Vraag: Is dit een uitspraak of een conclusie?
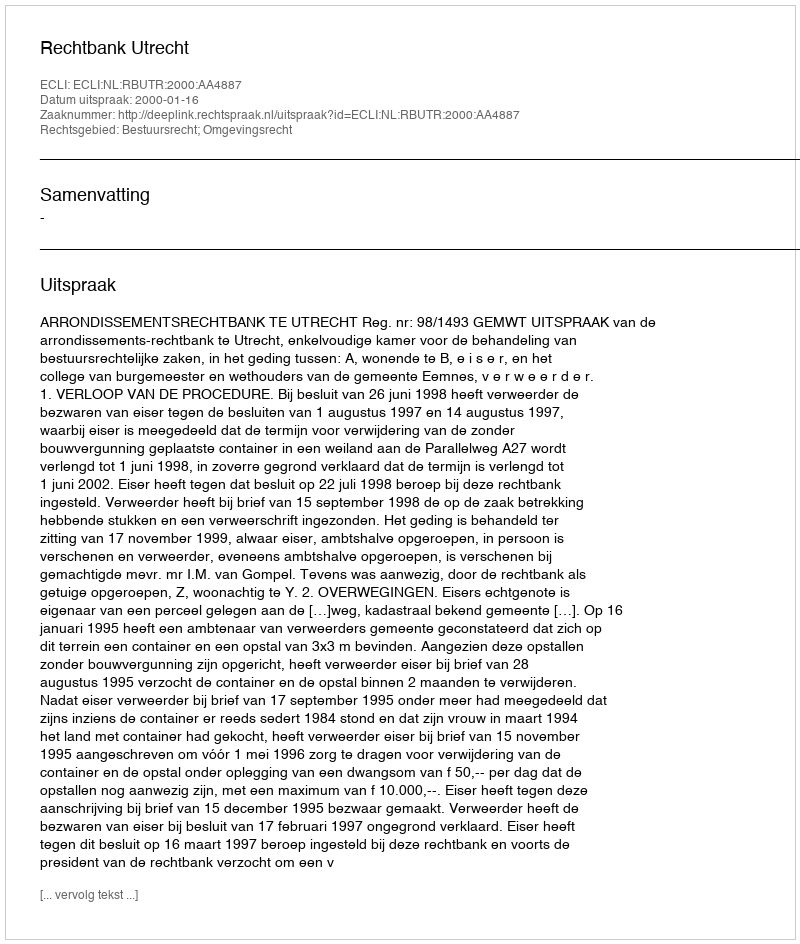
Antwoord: Uitspraak